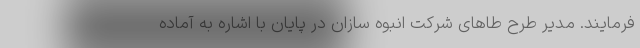
فرمایند. مدیر طرح طاهای شرکت انبوه سازان در پایان با اشاره به آماده